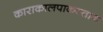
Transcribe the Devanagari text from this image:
काराकालपाकस्तान